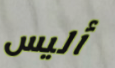
أليس